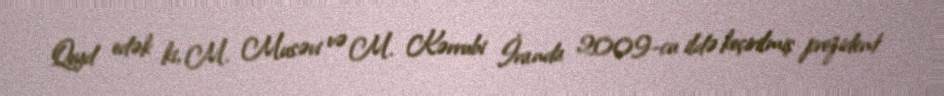
Qeyd edək ki, M. Musəvi və M. Kərrubi İranda 2009-cu ildə keçirilmiş prezident